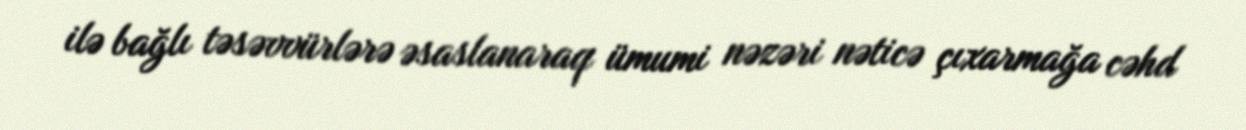
ilə bağlı təsəvvürlərə əsaslanaraq ümumi nəzəri nəticə çıxarmağa cəhd